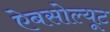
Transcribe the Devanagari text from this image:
ऐबसोल्यूट